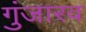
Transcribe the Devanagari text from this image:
गुंजारव